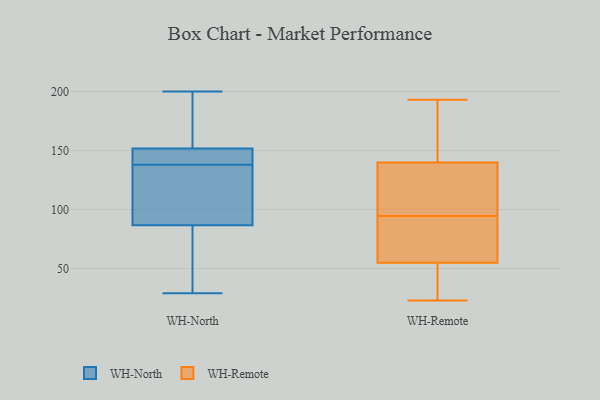
{"axis": {"x": "Temperature (°C)", "y": "Value"}, "legend": ["WH-North", "WH-Remote"], "data": [{"x": "", "y": 139, "type": "WH-North"}, {"x": "", "y": 81, "type": "WH-North"}, {"x": "", "y": 123, "type": "WH-North"}, {"x": "", "y": 138, "type": "WH-North"}, {"x": "", "y": 125, "type": "WH-North"}, {"x": "", "y": 29, "type": "WH-North"}, {"x": "", "y": 74, "type": "WH-North"}, {"x": "", "y": 194, "type": "WH-North"}, {"x": "", "y": 154, "type": "WH-North"}, {"x": "", "y": 104, "type": "WH-North"}, {"x": "", "y": 54, "type": "WH-North"}, {"x": "", "y": 200, "type": "WH-North"}, {"x": "", "y": 141, "type": "WH-North"}, {"x": "", "y": 145, "type": "WH-North"}, {"x": "", "y": 156, "type": "WH-North"}, {"x": "", "y": 23, "type": "WH-Remote"}, {"x": "", "y": 55, "type": "WH-Remote"}, {"x": "", "y": 70, "type": "WH-Remote"}, {"x": "", "y": 193, "type": "WH-Remote"}, {"x": "", "y": 140, "type": "WH-Remote"}, {"x": "", "y": 40, "type": "WH-Remote"}, {"x": "", "y": 143, "type": "WH-Remote"}, {"x": "", "y": 134, "type": "WH-Remote"}, {"x": "", "y": 73, "type": "WH-Remote"}, {"x": "", "y": 116, "type": "WH-Remote"}]}